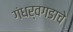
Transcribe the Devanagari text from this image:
गंधर्वगडाचे